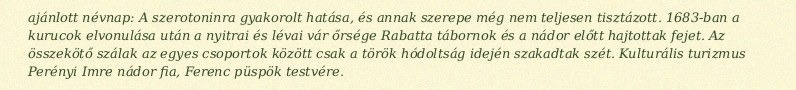
ajánlott névnap: A szerotoninra gyakorolt hatása, és annak szerepe még nem teljesen tisztázott. 1683-ban a kurucok elvonulása után a nyitrai és lévai vár őrsége Rabatta tábornok és a nádor előtt hajtottak fejet. Az összekötő szálak az egyes csoportok között csak a török hódoltság idején szakadtak szét. Kulturális turizmus Perényi Imre nádor fia, Ferenc püspök testvére.